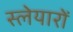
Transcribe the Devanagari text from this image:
स्लेयारों